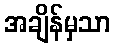
အချိန်မှသာ